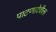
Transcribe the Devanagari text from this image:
पाटणादेवीला